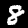
Digit: 8